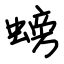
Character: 螃